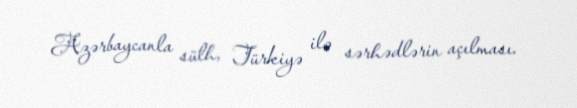
Azərbaycanla sülh, Türkiyə ilə sərhədlərin açılması.